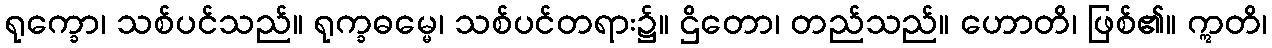
ရုက္ခော၊ သစ်ပင်သည်။ ရုက္ခဓမ္မေ၊ သစ်ပင်တရား၌။ ဌိတော၊ တည်သည်။ ဟောတိ၊ ဖြစ်၏။ ဣတိ၊